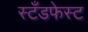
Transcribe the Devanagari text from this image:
स्टँडफेस्ट